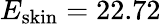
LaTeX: E_{\mathrm{skin}}=22.72